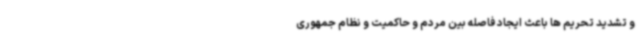
و تشدید تحریم ها باعث ایجاد فاصله بین مردم و حاکمیت و نظام جمهوری